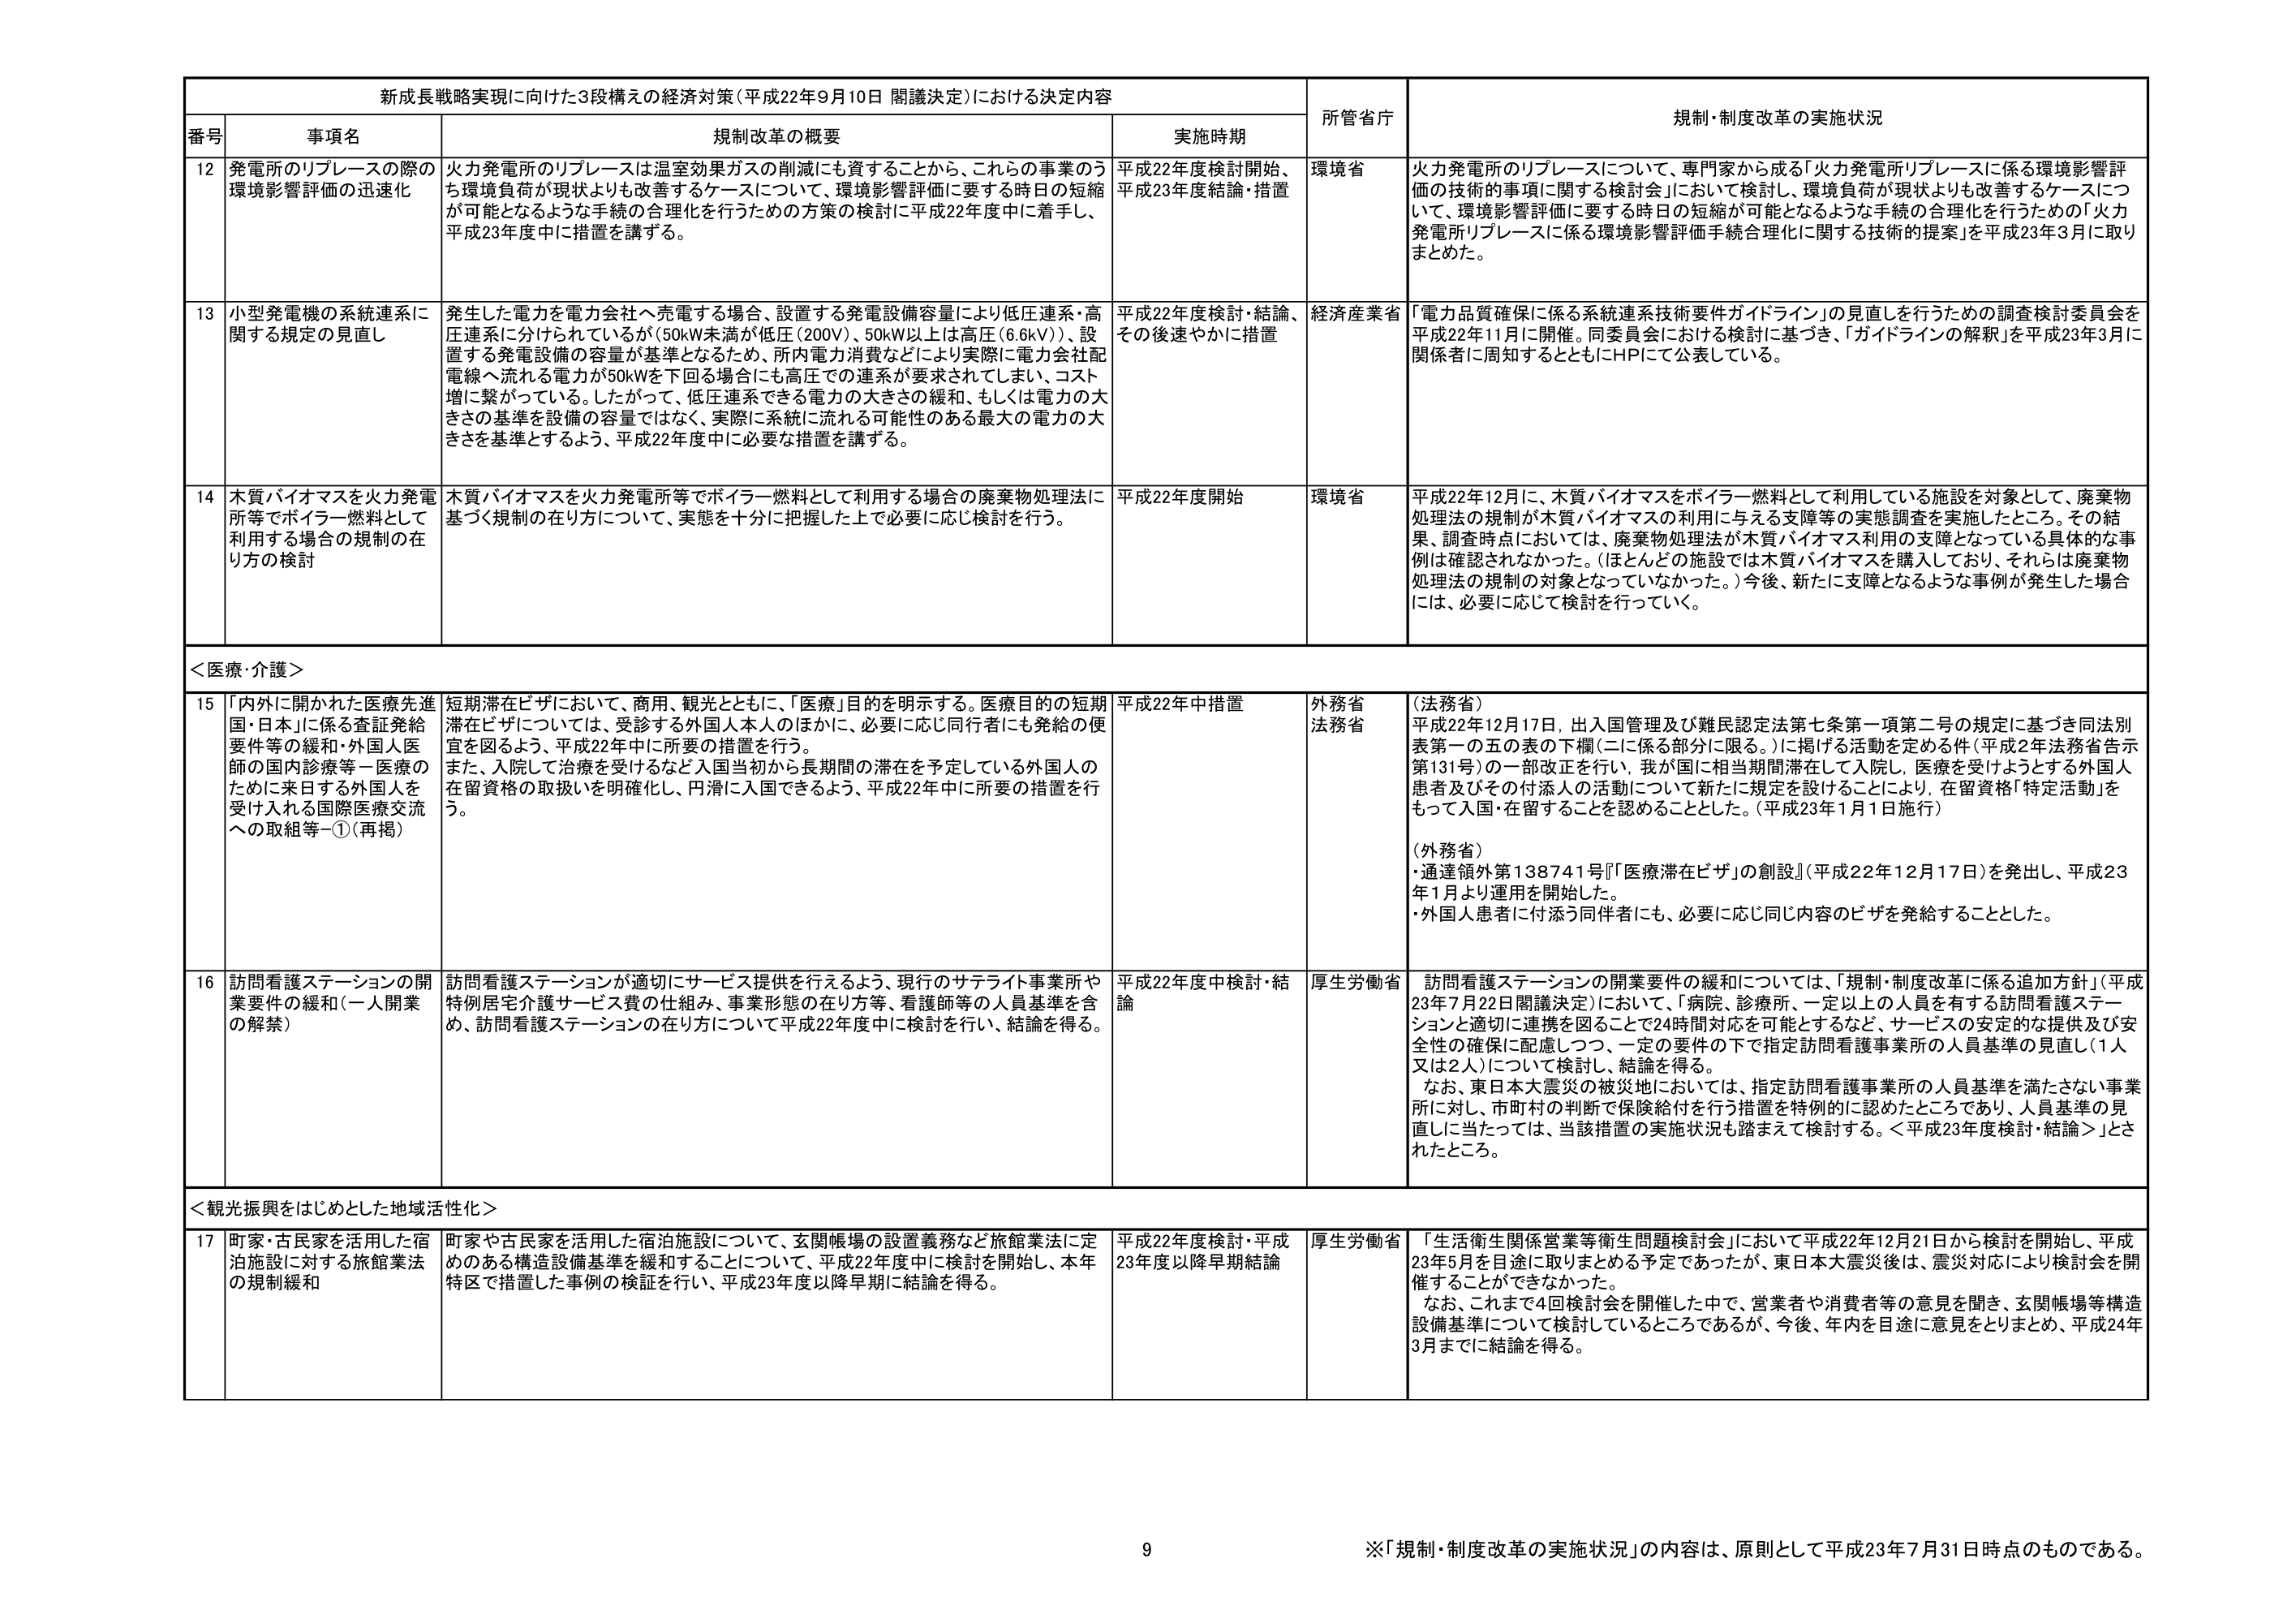
新成長戦略実現に向けた3段構えの経済対策（平成22年9月10日 閣議決定）における決定内容

番号 事項名 規制改革の概要 実施時期 所管省庁 規制・制度改革の実施状況

12 発電所のリプレースの際の環境影響評価の迅速化 火力発電所のリプレースは温室効果ガスの削減にも資することから、これらの事業のうち環境負荷が現状よりも改善するケースについて、環境影響評価に要する時日の短縮が可能となるような手続の合理化を行うための方策の検討に平成22年度中に着手し、平成23年度中に措置を講ずる。 平成22年度検討開始、平成23年度結論・措置 環境省 火力発電所のリプレースについて、専門家から成る「火力発電所リプレースに係る環境影響評価の技術的事項に関する検討会」において検討し、環境負荷が現状よりも改善するケースについて、環境影響評価に要する時日の短縮が可能となるような手続の合理化を行うための「火力発電所リプレースに係る環境影響評価手続合理化に関する技術的提案」を平成23年3月に取りまとめた。

13 小型発電機の系統連系に関する規定の見直し 発生した電力を電力会社へ売電する場合、設置する発電設備容量により低圧連系・高圧連系に分けられているが（50kW未満が低圧（200V）、50kW以上は高圧（6.6kV））、設置する発電設備の容量が基準となるため、所内電力消費などにより実際に電力会社配電線へ流れる電力が50kWを下回る場合にも高圧での連系が要求されてしまい、コスト増に繋がっている。したがって、低圧連系できる電力の大きさの緩和、もしくは電力の大きさの基準を設備の容量ではなく、実際に系統に流れる可能性のある最大の電力の大きさを基準とするよう、平成22年度中に必要な措置を講ずる。 平成22年度検討・結論、その後速やかに措置 経済産業省 「電力品質確保に係る系統連系技術要件ガイドライン」の見直しを行うための調査検討委員会を平成22年11月に開催。同委員会における検討に基づき、「ガイドラインの解釈」を平成23年3月に関係者に周知するとともにHPにて公表している。

14 木質バイオマスを火力発電所等でボイラー燃料として利用する場合の規制の在り方の検討 木質バイオマスを火力発電所等でボイラー燃料として利用する場合の廃棄物処理法に基づく規制の在り方について、実態を十分に把握した上で必要に応じ検討を行う。 平成22年度開始 環境省 平成22年12月に、木質バイオマスをボイラー燃料として利用している施設を対象として、廃棄物処理法の規制が木質バイオマスの利用に与える支障等の実態調査を実施したところ。その結果、調査時点においては、廃棄物処理法が木質バイオマス利用の支障となっている具体的な事例は確認されなかった。（ほとんどの施設では木質バイオマスを購入しており、それらは廃棄物処理法の規制の対象となっていなかった。）今後、新たに支障となるような事例が発生した場合には、必要に応じて検討を行っていく。

＜医療・介護＞

15 「内外に開かれた医療先進国・日本」に係る査証発給要件等の緩和・外国人医師の国内診療等－医療のために来日する外国人を受け入れる国際医療交流への取組等－①（再掲） 短期滞在ビザにおいて、商用、観光とともに、「医療」目的を明示する。医療目的の短期滞在ビザについては、受診する外国人本人のほかに、必要に応じ同行者にも発給の便宜を図るよう、平成22年中に所要の措置を行う。 また、入院して治療を受けるなど入国当初から長期間の滞在を予定している外国人の在留資格の取扱いを明確化し、円滑に入国できるよう、平成22年中に所要の措置を行う。 平成22年中措置 外務省 法務省 （法務省） 平成22年12月17日、出入国管理及び難民認定法第七条第一項第二号の規定に基づき同法別表第一の五の表の下欄（二に係る部分に限る。）に掲げる活動を定める件（平成2年法務省告示第131号）の一部改正を行い、我が国に相当期間滞在して入院し、医療を受けようとする外国人患者及びその付添人の活動について新たに規定を設けることにより、在留資格「特定活動」をもって入国・在留することを認めることとした。（平成23年1月1日施行） （外務省） ・通達領外第138741号『「医療滞在ビザ」の創設』（平成22年12月17日）を発出し、平成23年1月より運用を開始した。 ・外国人患者に付添う同伴者にも、必要に応じ同じ内容のビザを発給することとした。

16 訪問看護ステーションの開業要件の緩和（一人開業の解禁） 訪問看護ステーションが適切にサービス提供を行えるよう、現行のサテライト事業所や特例住宅介護サービス費の仕組み、事業形態の在り方等、看護師等の人員基準を含め、訪問看護ステーションの在り方について平成22年度中に検討を行い、結論を得る。 平成22年度中検討・結論 厚生労働省 訪問看護ステーションの開業要件の緩和については、「規制・制度改革に係る追加方針」（平成23年7月22日閣議決定）において、「病院、診療所、一定以上の人員を有する訪問看護ステーションと適切に連携を図ることで24時間対応を可能とするなど、サービスの安定的な提供及び安全性の確保に配慮しつつ、一定の要件の下で指定訪問看護事業所の人員基準の見直し（1人又は2人）について検討し、結論を得る。 なお、東日本大震災の被災地においては、指定訪問看護事業所の人員基準を満たさない事業所に対し、市町村の判断で保険給付を行う措置を特例的に認めたところであり、人員基準の見直しに当たっては、当該措置の実施状況も踏まえて検討する。＜平成23年度検討・結論＞」とされたところ。

＜観光振興をはじめとした地域活性化＞

17 町家・古民家を活用した宿泊施設に対する旅館業法の規制緩和 町家や古民家を活用した宿泊施設について、玄関帳場の設置義務など旅館業法に定めのある構造設備基準を緩和することについて、平成22年度中に検討を開始し、本年特区で措置した事例の検証を行い、平成23年度以降早期に結論を得る。 平成22年度検討・平成23年度以降早期結論 厚生労働省 「生活衛生関係営業等衛生問題検討会」において平成22年12月21日から検討を開始し、平成23年5月を目途に取りまとめる予定であったが、東日本大震災後は、震災対応により検討会を開催することができなかった。 なお、これまで4回検討会を開催した中で、営業者や消費者等の意見を聞き、玄関帳場等構造設備基準について検討しているところであるが、今後、年内を目途に意見をとりまとめ、平成24年3月までに結論を得る。

9
※「規制・制度改革の実施状況」の内容は、原則として平成23年7月31日時点のものである。